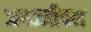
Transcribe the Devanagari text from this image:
जगज्जीवन